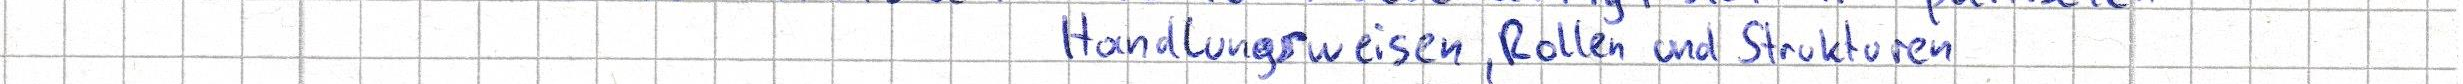
Handlungsweisen, Rollen und Strukturen